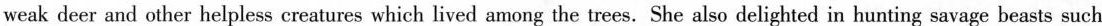
weak deer and other helpless ereatures which lived among the trees.She also delighted in hunting savage beasts such